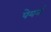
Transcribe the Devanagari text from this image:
पेयर्न